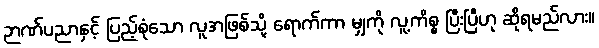
ဉာဏ်ပညာနှင့် ပြည့်စုံသော လူအဖြစ်သို့ ရောက်ကာ မျှကို လူ့ကိစ္စ ပြီးပြီဟု ဆိုရမည်လား။